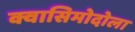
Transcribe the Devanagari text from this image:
क्वासिमोदोला